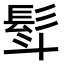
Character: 𮪿